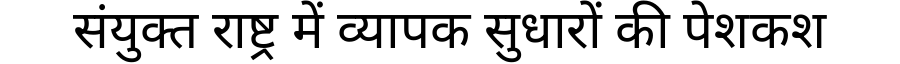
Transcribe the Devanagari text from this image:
संयुक्त राष्ट्र में व्यापक सुधारों की पेशकश